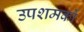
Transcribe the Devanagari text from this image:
उपशमकों